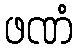
ဖဏံ